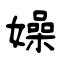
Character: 嬠